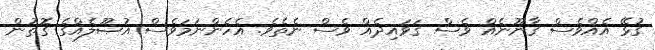
ގުޅޭ އެއްވެސް ޤާނޫނެއް ވެސް ޤަވައިދެއް ވެސް ނެތެވެ. އެހެންނަމަވެސް އުޞޫލެއްގެ ގޮތުން